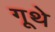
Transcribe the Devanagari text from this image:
गूथे